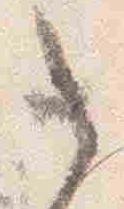
之